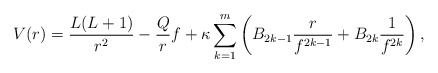
\begin{align*} V(r) = \frac{L(L+1)}{r^2} - \frac{Q}{r}f + \kappa \sum_{k=1}^m \left(B_{2k-1}\frac{r}{f^{2k-1}} + B_{2k} \frac{1}{f^{2k}}\right), \end{align*}